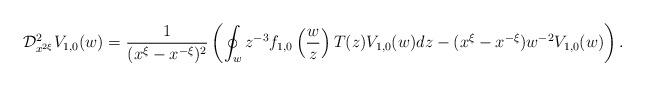
LaTeX: \begin{align*}{\cal D}_{x^{2\xi}}^2V_{1,0}(w)={1\over (x^\xi-x^{-\xi})^2}\left(\oint_w z^{-3}f_{1,0}\left({w\over z}\right)T(z)V_{1,0}(w)dz-(x^\xi-x^{-\xi})w^{-2}V_{1,0}(w)\right).\end{align*}